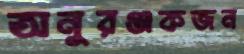
অনুরঞ্জকজন